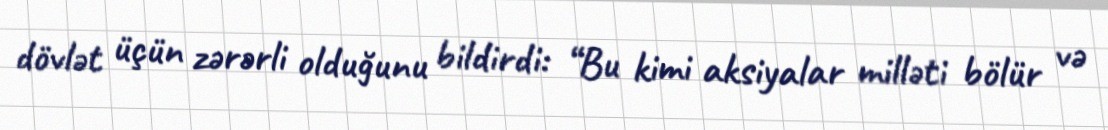
dövlət üçün zərərli olduğunu bildirdi: “Bu kimi aksiyalar milləti bölür və